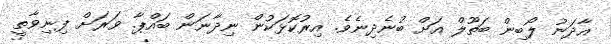
އާދަނު ލޯބިން ބަތޫލް އަށް ބުނެދިނެވެ. އިރުކޮޅަކުން ނިދާނަން ބައްޕާ. ވަރަށް ފިނިވާތީ